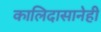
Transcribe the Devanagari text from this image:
कालिदासानेही